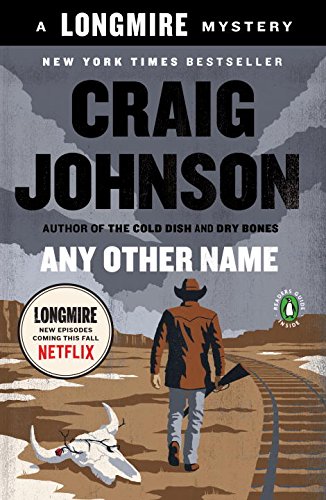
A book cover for Any Other Name: A Longmire Mystery; Craig Johnson; Literature & Fiction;